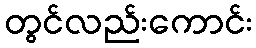
တွင်လည်းကောင်း